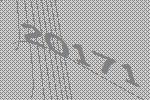
20171